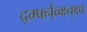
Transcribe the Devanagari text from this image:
र्द्म्फ्न्व्ब्क्ष्च्क्ष्व